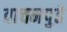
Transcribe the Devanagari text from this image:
वाचनपुढे